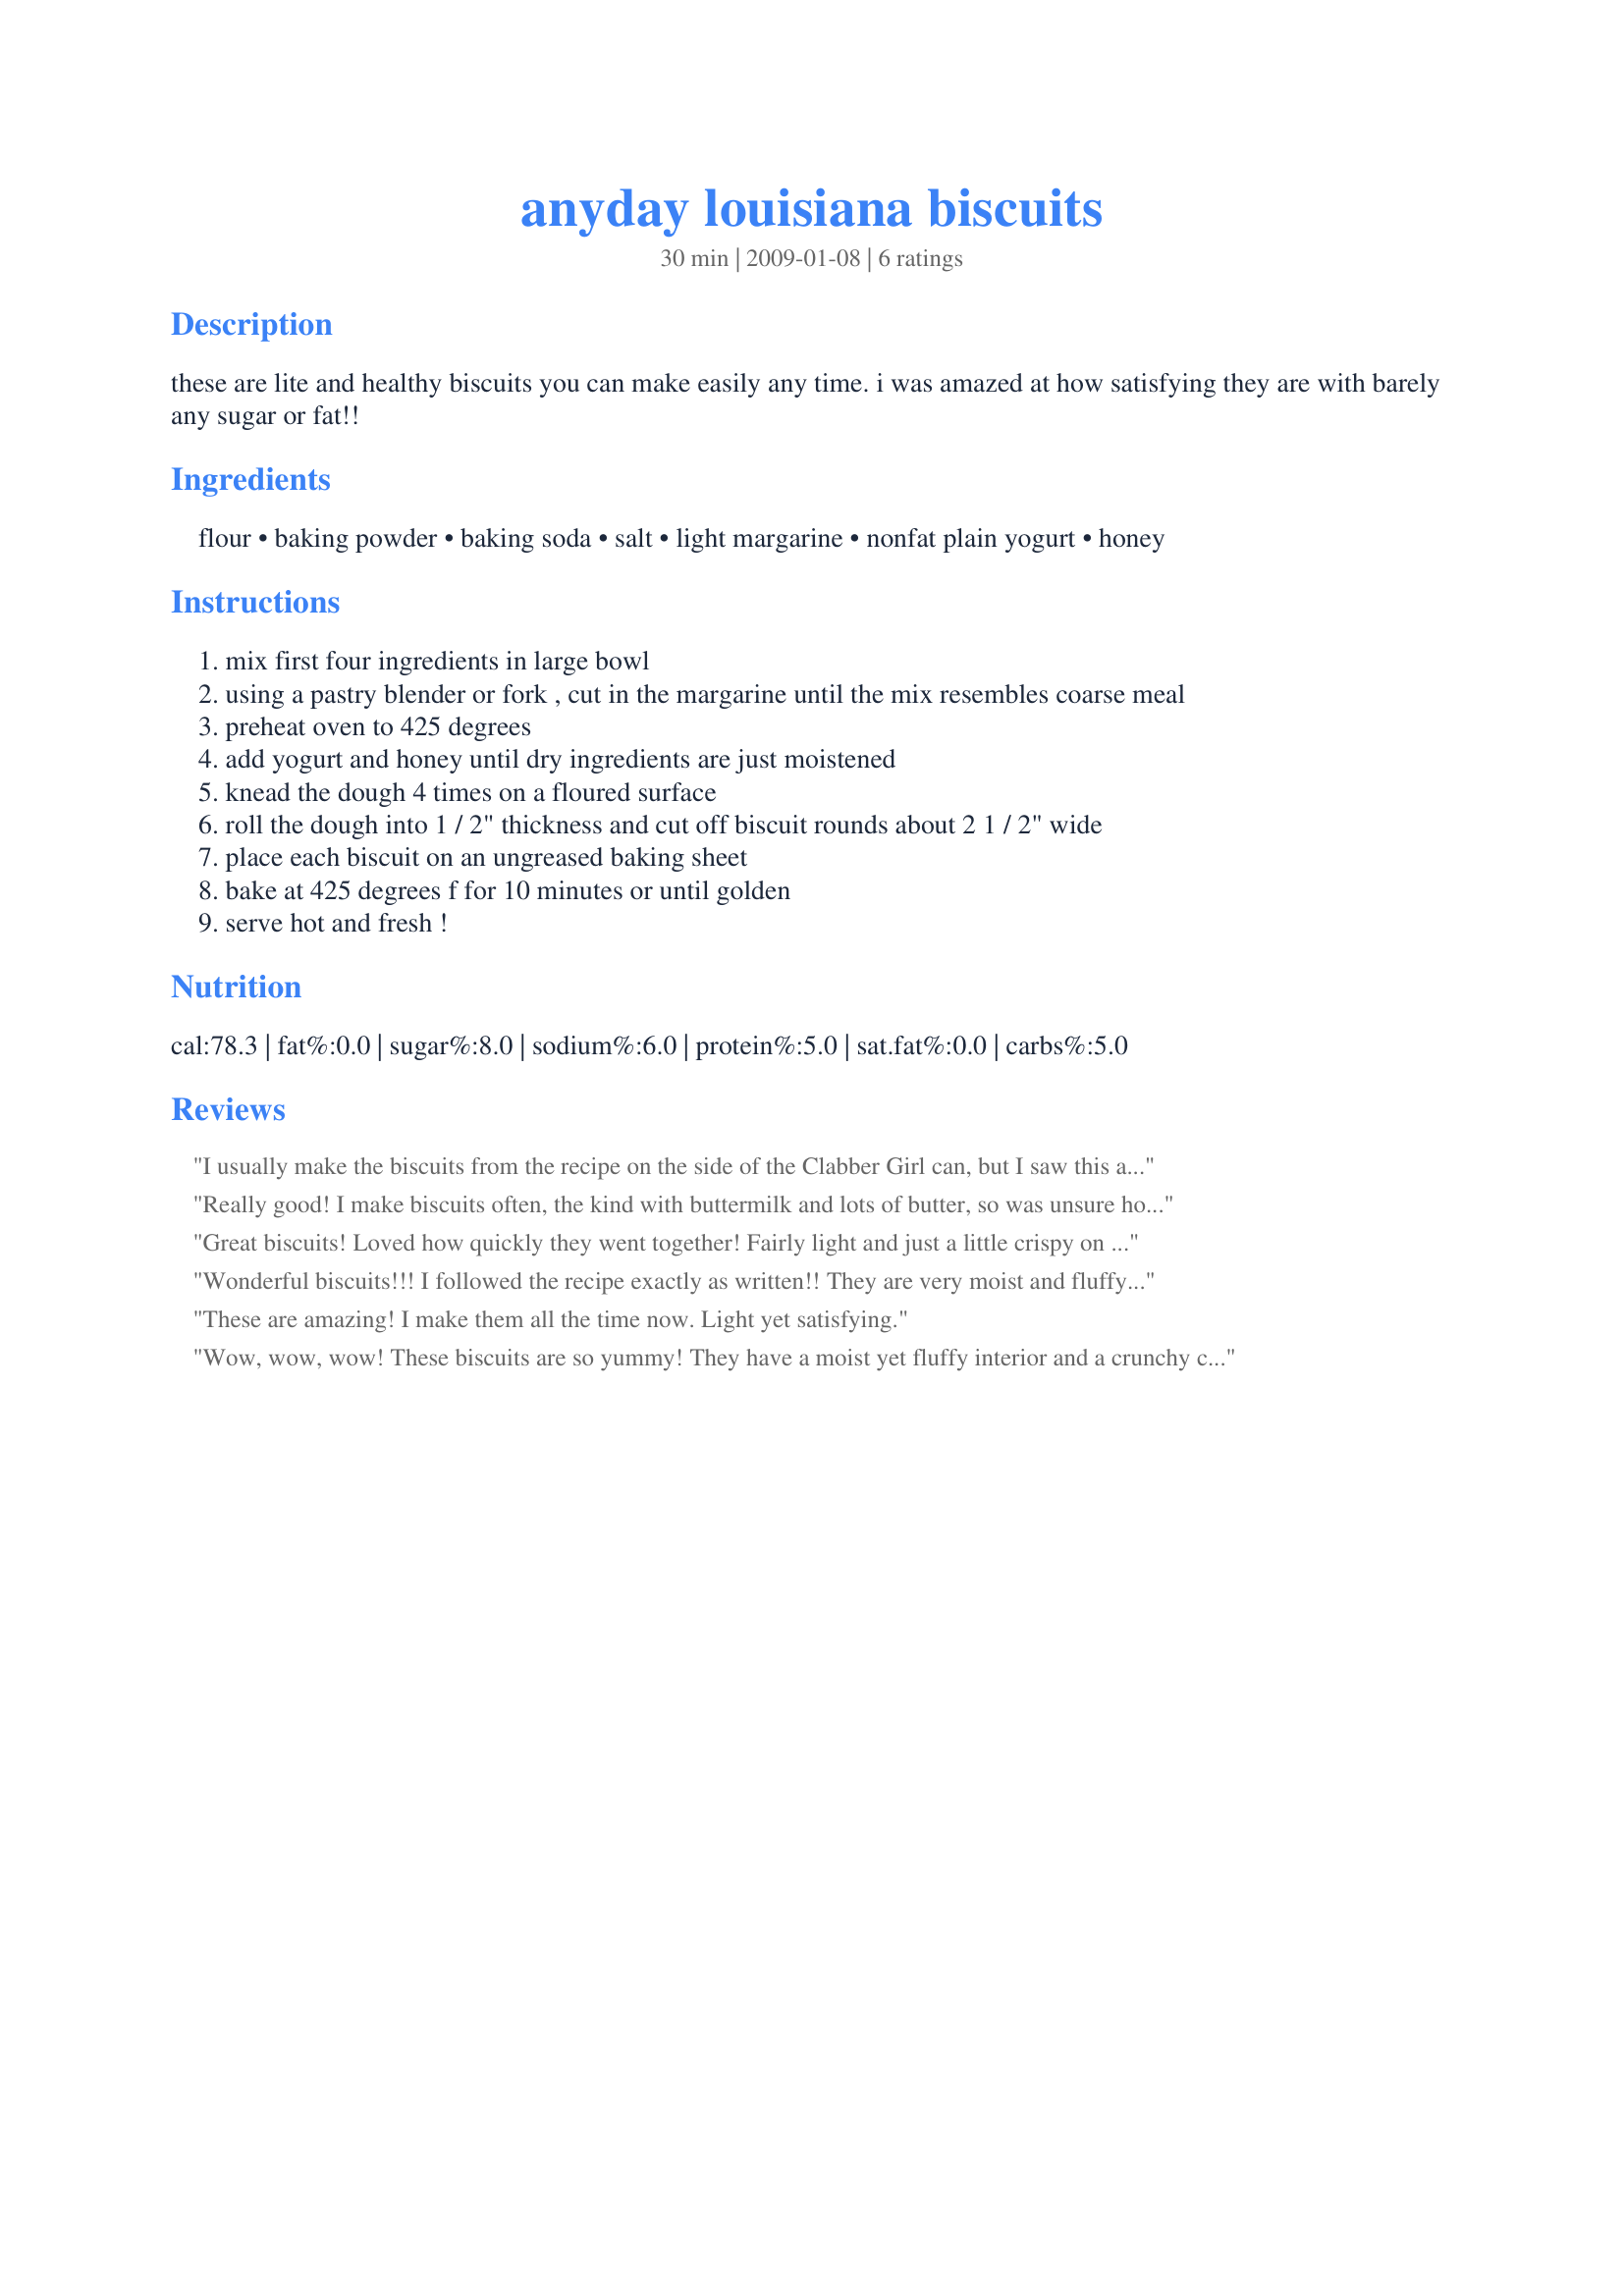
anyday louisiana biscuits
Preparation time: 30 minutes

these are lite and healthy biscuits you can make easily any time. i was amazed at how satisfying they are with barely any sugar or fat!!

Ingredients:
flour, baking powder, baking soda, salt, light margarine, nonfat plain yogurt, honey

Steps:
mix first four ingredients in large bowl
using a pastry blender or fork , cut in the margarine until the mix resembles coarse meal
preheat oven to 425 degrees
add yogurt and honey until dry ingredients are just moistened
knead the dough 4 times on a floured surface
roll the dough into 1 / 2" thickness and cut off biscuit rounds about 2 1 / 2" wide
place each biscuit on an ungreased baking sheet
bake at 425 degrees f for 10 minutes or until golden
serve hot and fresh !

Reviews:
I usually make the biscuits from the recipe on the side of the Clabber Girl can, but I saw this and thought it&#039;d be good to try something new. And they were lovely...ish. The texture was amazing, it was so fluffy and moist, but as for flavor, there was something missing. That might have just been because I used unsalted butter instead of margarine, so I want to give this another shot. It&#039;s nice that the batch only makes 5, so I don&#039;t have to do math to get a sample sized batch. :P
Really good! I make biscuits often, the kind with buttermilk and lots of butter, so was unsure how these would go over with the family. They loved them! Served with homemade jams for breakfast but will keep in mind for dinner, too. Doubled the recipe, used nonfat plain Greek yogurt, and smart balance spread. Lowfat, with a decent dose of calcium and protein. Got 10 biscuits from my double batch so would triple the recipe next time. Baked for 10 minutes, would probably go 12 next time. Unlike other low fat biscuits that are like hockey pucks, these stay moist and fluffy inside. Thanks for sharing the recipe!
Great biscuits! Loved how quickly they went together! Fairly light and just a little crispy on the outside. We ate them with some jambalaya tonight. I will definitely be making these again. Thanks!
Wonderful biscuits!!! I followed the recipe exactly as written!! They are very moist and fluffy on the inside with a nice crusty outside!! Thanks for sharing Gaia!! Made for your win in the Games Summer Spectacular!!
These are amazing! I make them all the time now.
Light yet satisfying.
Wow, wow, wow! These biscuits are so yummy! They have a moist yet fluffy interior and a crunchy crust on the outside. I used whole spelt flour, cause thats what I had on hand and only 1 tbs of margarine. That way my biscuits might have been a little more on the heavy side, but I liked them a lot like that. They were surprisingly sweet considering that they only have that little honey in them. Thanks so much for sharing this gem of a recipe with us, Gaia22! Ill surely make these often again as they are also very quick and easy to put together.<br/>Made and reviewed for Everyday is a Holiday Tag Game June 09.<br/><br/>Update February 2012: I just made them again for the Honey Event in the Spain/Portugal forum and again these did not disappoint. They rose high, were flakey and soft and super yummy! Thanks again for sharing, Gaia!
